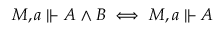
M , a \Vdash A \land B \iff M , a \Vdash A